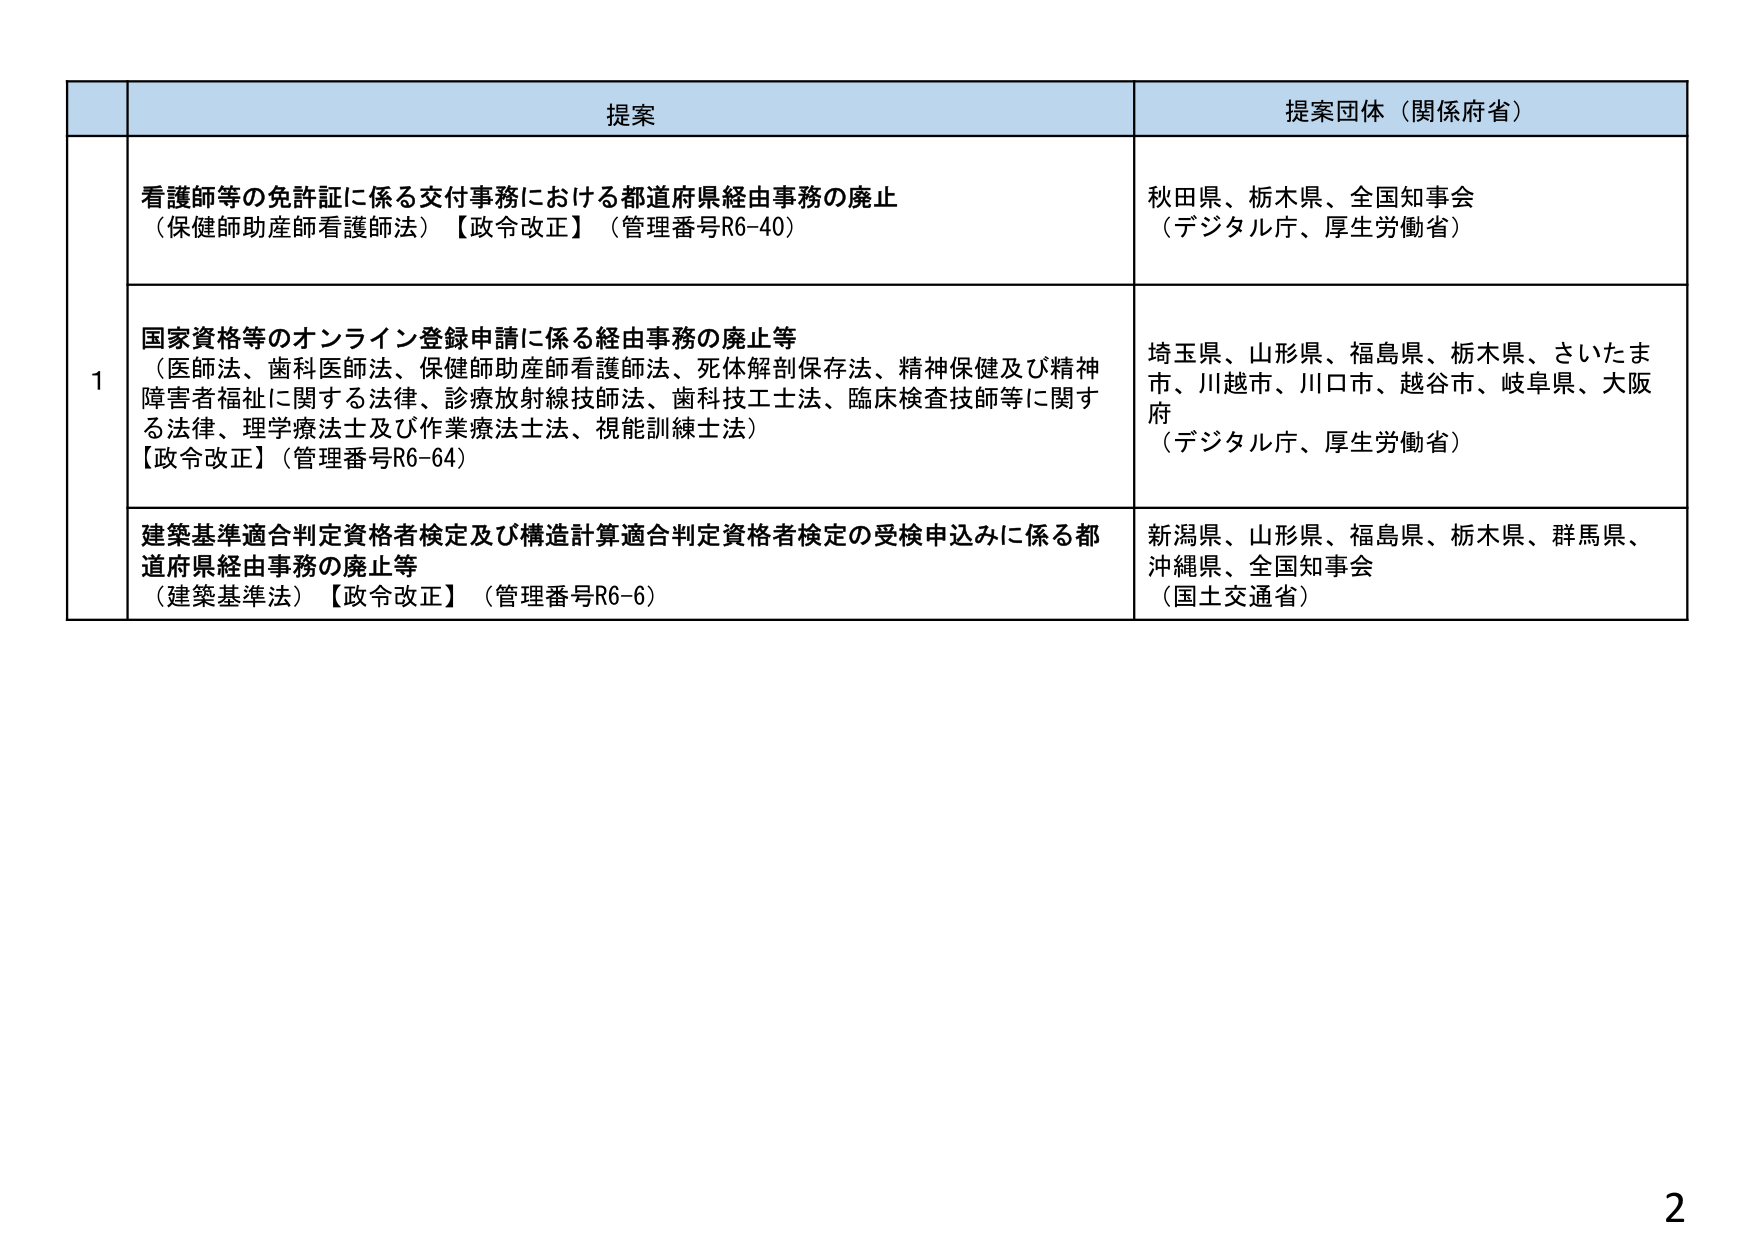
提案
提案団体（関係府省）

1
看護師等の免許証に係る交付事務における都道府県経由事務の廃止
（保健師助産師看護師法）【政令改正】（管理番号R6-40）
秋田県、栃木県、全国知事会
（デジタル庁、厚生労働省）

国家資格等のオンライン登録申請に係る経由事務の廃止等
（医師法、歯科医師法、保健師助産師看護師法、死体解剖保存法、精神保健及び精神障害者福祉に関する法律、診療放射線技師法、歯科技工士法、臨床検査技師等に関する法律、理学療法士及び作業療法士法、視能訓練士法）
【政令改正】（管理番号R6-64）
埼玉県、山形県、福島県、栃木県、さいたま市、川越市、川口市、越谷市、岐阜県、大阪府
（デジタル庁、厚生労働省）

建築基準適合判定資格者検定及び構造計算適合判定資格者検定の受検申込みに係る都道府県経由事務の廃止等
（建築基準法）【政令改正】（管理番号R6-6）
新潟県、山形県、福島県、栃木県、群馬県、沖縄県、全国知事会
（国土交通省）

2